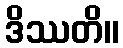
ဒိဿတိ။